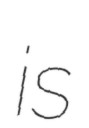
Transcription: is